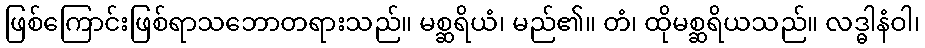
ဖြစ်ကြောင်းဖြစ်ရာသဘောတရားသည်။ မစ္ဆရိယံ၊ မည်၏။ တံ၊ ထိုမစ္ဆရိယသည်။ လဒ္ဓါနံဝါ၊